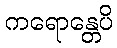
ကရောန္တေပိ